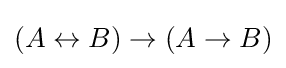
(A\leftrightarrow B)\to (A\to B)